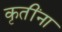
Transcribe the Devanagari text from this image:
कृतींना